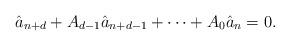
LaTeX: \begin{align*} \hat{a}_{n+d} +A_{d-1}\hat{a}_{n+d-1} + \dots + A_0\hat{a}_n =0.\end{align*}